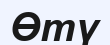
Өтү